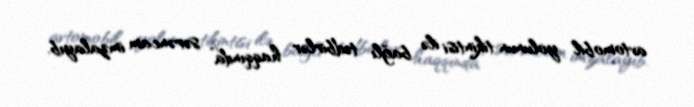
avtomobil yolunun tikintisi ilə bağlı tədbirlər haqqında” sərəncam imzalayıb.